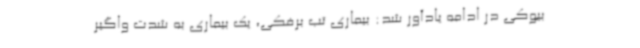
بیوکی در ادامه یادآور شد: بیماری تب برفکی، یک بیماری به شدت واگیر